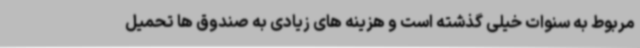
مربوط به سنوات خیلی گذشته است و هزینه های زیادی به صندوق ها تحمیل